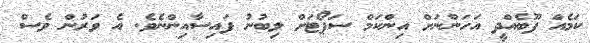
ކަމެއް ފޫބެއްދީ އަހަންނަށް އިންކަމް ސަޕޯޓަށް ލިބުނު ފައިސާއިންނެވެ. އެ ވަރުން ވެސް